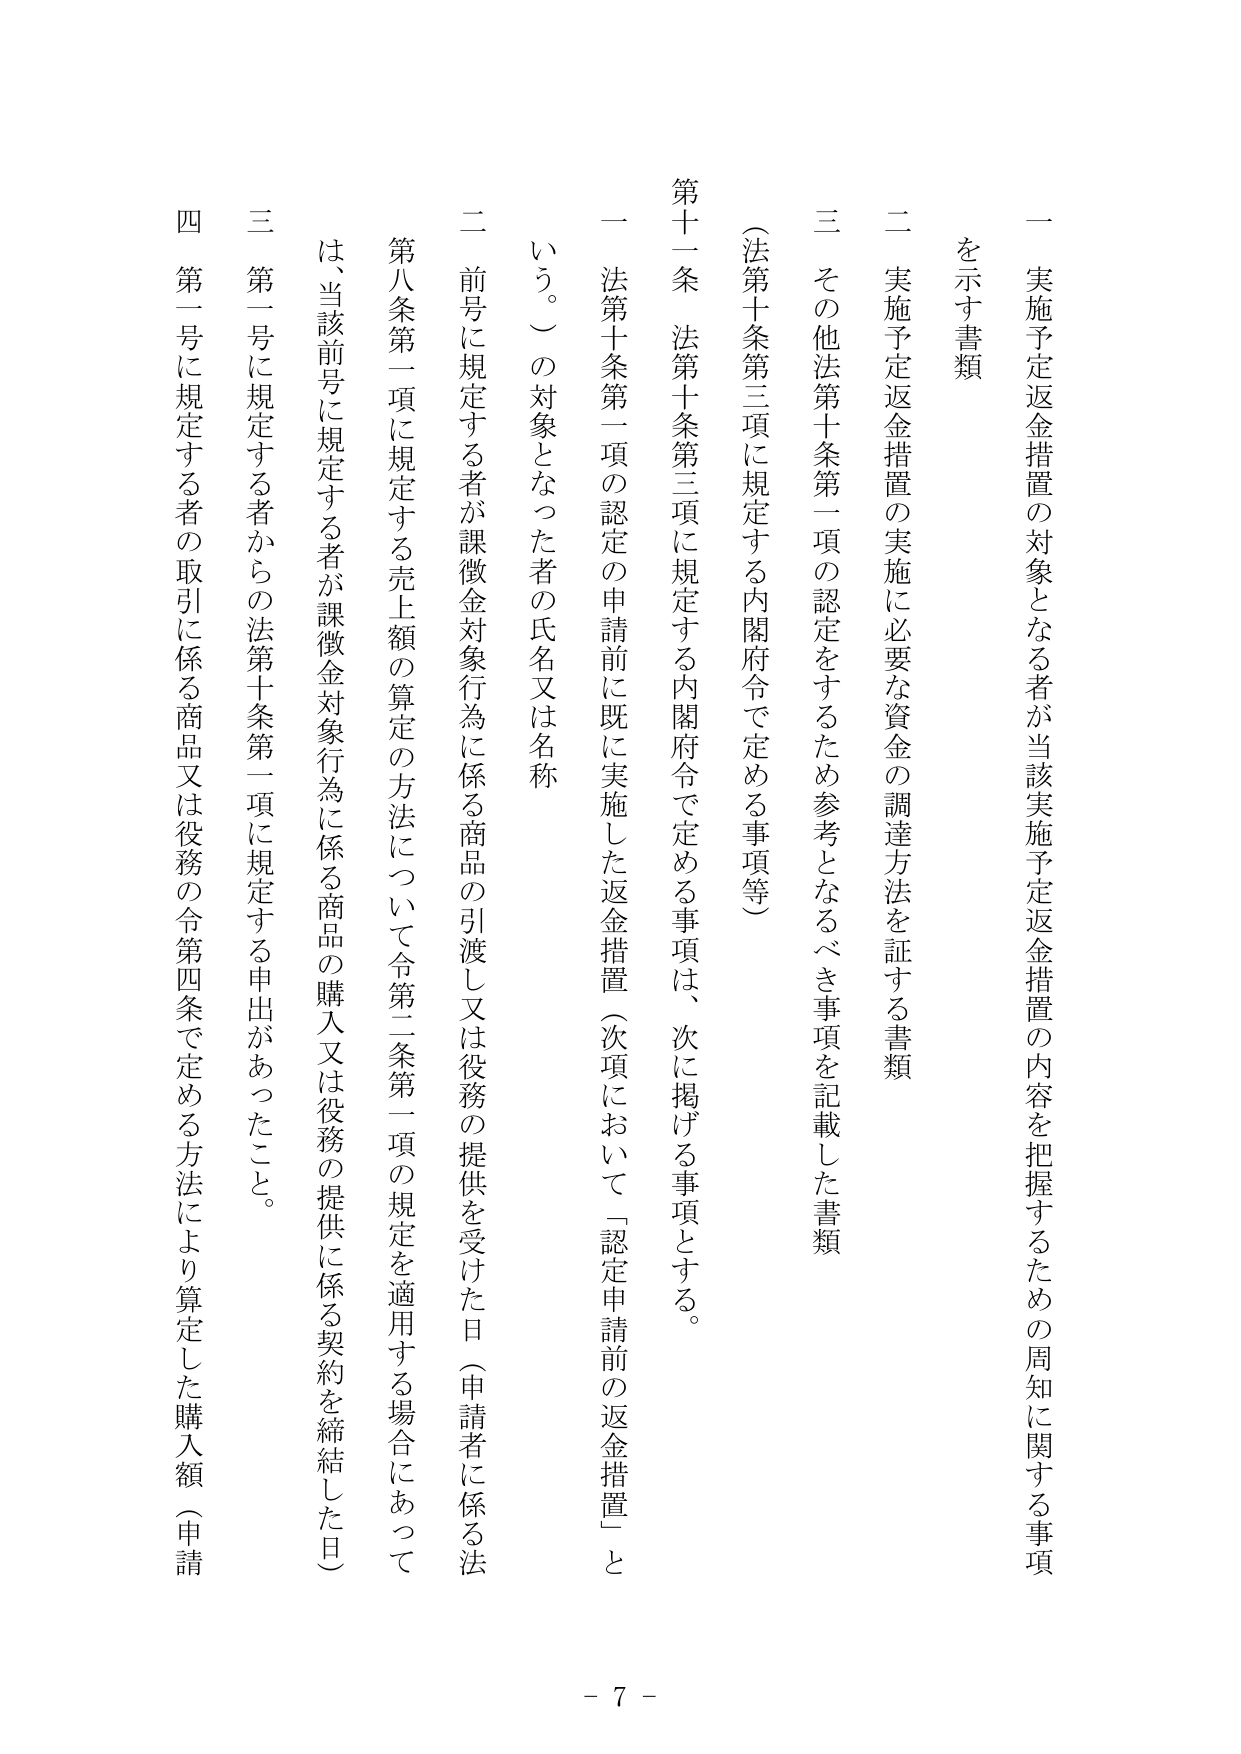
一 実施予定返金措置の対象となる者が当該実施予定返金措置の内容を把握するための周知に関する事項

二 実施予定返金措置の実施に必要な資金の調達方法を証する書類

三 その他法第十条第一項の認定をするため参考となるべき事項を記載した書類

（法第十条第三項に規定する内閣府令で定める事項等）

第十一条 法第十条第三項に規定する内閣府令で定める事項は、次に掲げる事項とする。

一 法第十条第一項の認定の申請前に既に実施した返金措置（次項において「認定申請前の返金措置」という。）の対象となった者の氏名又は名称

二 前号に規定する者が課徴金対象行為に係る商品の引渡し又は役務の提供を受けた日（申請者に係る法第八条第一項に規定する売上額の算定の方法について令第二条第一項の規定を適用する場合にあっては、当該前号に規定する者が課徴金対象行為に係る商品の購入又は役務の提供に係る契約を締結した日）

三 第一号に規定する者からの法第十条第一項に規定する申出があったこと。

四 第一号に規定する者の取引に係る商品又は役務の令第四条で定める方法により算定した購入額（申請

- 7 -